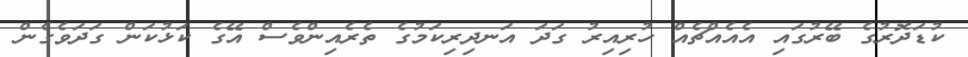
ކުޑަދޮރުގެ ބޭރުގައި އެއެއްޗެއް ހުރިއިރު ގަދަ އަނދިރިކަމުގެ ތެރެއިންވެސް އޭގެ ކަޅުކަން ގަދަވެގެން